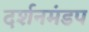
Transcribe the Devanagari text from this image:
दर्शनमंडप